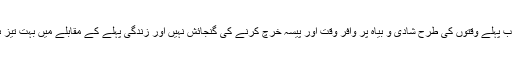
لوگوں میں اب پہلے وقتوں کی طرح شادی و بیاہ پر وافر وقت اور پیسہ خرچ کرنے کی گنجائش نہیں اور زندگی پہلے کے مقابلے میں بہت تیز ہو گئی ہے ۔